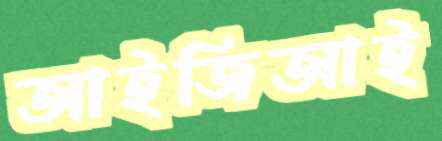
আইজিআই